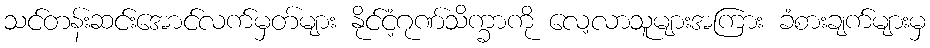
သင်တန်းဆင်းအောင်လက်မှတ်များ နိုင်ငံ့ဂုဏ်သိက္ခာကို လေ့လာသူများအကြား ခံစားချက်များမှ